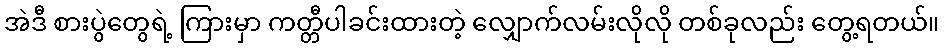
အဲဒီ စားပွဲတွေရဲ့ ကြားမှာ ကတ္တီပါခင်းထားတဲ့ လျှောက်လမ်းလိုလို တစ်ခုလည်း တွေ့ရတယ်။